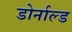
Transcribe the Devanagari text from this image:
डोर्नाल्ड